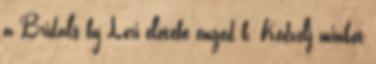
a Bridals by Lori életébe enged b. Kedvelj minket